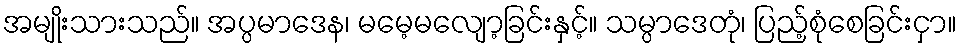
အမျိုးသားသည်။ အပ္ပမာဒေန၊ မမေ့မလျော့ခြင်းနှင့်။ သမ္ပာဒေတုံ၊ ပြည့်စုံစေခြင်းငှာ။